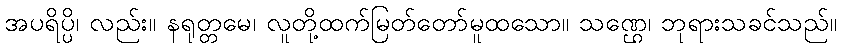
အပရိပ္ပိ၊ လည်း။ နရုတ္တမေ၊ လူတို့ထက်မြတ်တော်မူထသော။ သဏ္ဌေ၊ ဘုရားသခင်သည်။